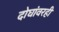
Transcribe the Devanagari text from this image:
दोघांवरही